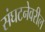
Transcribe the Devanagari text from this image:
संघटनेवरील